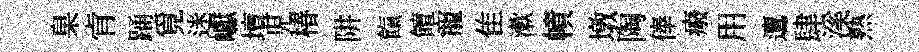
臬肻踊覓迷巘壇児椿阱餼饘寵隹漱幘墩陶俸癈用邅肆溪熟